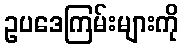
ဥပဒေကြမ်းများကို